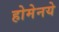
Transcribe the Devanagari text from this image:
होमेनये